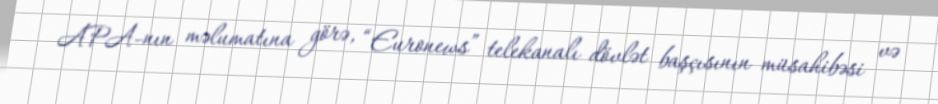
APA-nın məlumatına görə, “Euronews” telekanalı dövlət başçısının müsahibəsi və